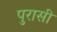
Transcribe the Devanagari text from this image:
पुरासी